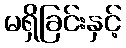
မရှိခြင်းနှင့်